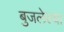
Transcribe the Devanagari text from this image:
बुजलेल्या